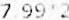
7.99*2